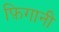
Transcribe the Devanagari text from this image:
फ़िगानी